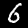
Label: 6